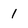
Character: 1